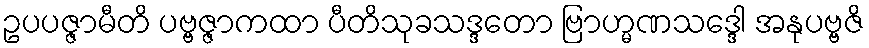
ဥပပဇ္ဇာမီတိ ပဗ္ဗဇ္ဇာကထာ ပီတိသုခသဒ္ဒတော ဗြာဟ္မဏသဒ္ဒေါ အနုပဗ္ဗဇိ